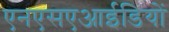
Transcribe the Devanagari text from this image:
एनएसएआईडियों